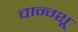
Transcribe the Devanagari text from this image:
चान्ग्शू